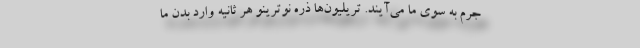
جرم به سوی ما می‌آیند. تریلیون‌ها ذره نوترینو هر ثانیه وارد بدن ما